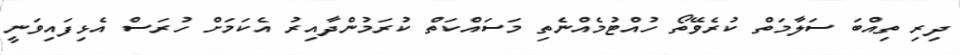
ދިރި ތިއްބަ ސަލާމަތް ކުރެވޭތޯ ހުއްޓުމެއްނެތި މަސައްކަތް ކުރަމުންދާއިރު އެކަމަށް ހުރަސް އެޅިފައިވަނީ